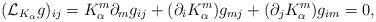
LaTeX: \begin{align*}({\mathcal L}_{K_{\alpha}}g)_{ij} = K^{m}_{\alpha}\partial_{m}g_{ij} +(\partial_{i}K^{m}_{\alpha})g_{mj} + (\partial_{j}K^{m}_{\alpha})g_{im}=0,\end{align*}